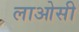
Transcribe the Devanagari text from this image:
लाओसी